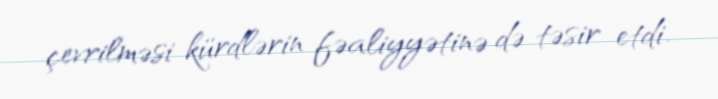
çevrilməsi kürdlərin fəaliyyətinə də təsir etdi.